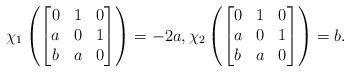
LaTeX: \begin{align*}\chi_1\left(\begin{bmatrix}0&1&0\\a&0&1\\b&a&0\end{bmatrix}\right)=-2a,\chi_2\left(\begin{bmatrix}0&1&0\\a&0&1\\b&a&0\end{bmatrix}\right)=b.\end{align*}